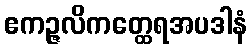
ဧကဉ္ဇလိကတ္ထေရအပဒါနံ